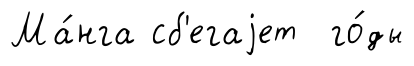
Ма́нга сб'егаjет го́ды